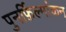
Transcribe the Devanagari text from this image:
पुनर्फ़िल्मांकन